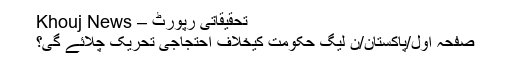
تحقیقاتی رپورٹ – Khouj News
صفحہ اول/پاکستان/ن لیگ حکومت کیخلاف احتجاجی تحریک چلائے گی؟